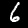
Label: 6